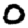
Digit: 0